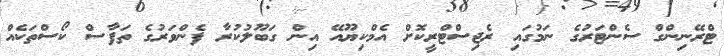
ޓްރޭނިންގް ސެންޓަރުގެ ނަމުގައި ރެޖިސްޓްރީކޮށް އެމްކިޔޫއޭ އިން ގަބޫލުކުރާ ފެންވަރުގެ ތަފާސް ކޯސްތަކެއް